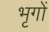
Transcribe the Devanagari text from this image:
भृगों